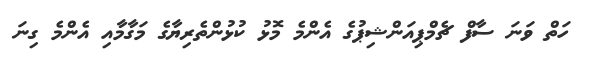
ހަތް ވަނަ ސާފް ޗެމްޕިއަންޝިޕުގެ އެންމެ މޮޅު ކުޅުންތެރިޔާގެ މަގާމާއި އެންމެ ގިނަ